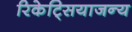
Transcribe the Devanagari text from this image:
रिकेट्सियाजन्य